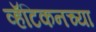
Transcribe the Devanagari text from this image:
व्हॅटिकनच्या